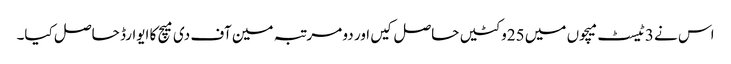
اس نے 3ٹیسٹ میچوں میں 25وکٹیں حاصل کیں اور دو مرتبہ مین آف دی میچ کا ایوارڈ حاصل کیا۔